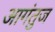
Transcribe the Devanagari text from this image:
आगंतुज